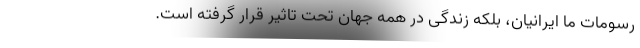
رسومات ما ایرانیان، بلکه زندگی در همه جهان تحت تاثیر قرار گرفته است.